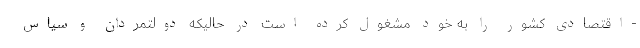
-اقتصادی کشور را به خود مشغول کرده است در حالیکه دولتمردان و سیاس